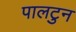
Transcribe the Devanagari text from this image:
पालटुन